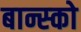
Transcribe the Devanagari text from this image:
बान्स्को